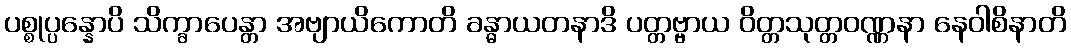
ပစ္စုပ္ပန္နောပိ သိက္ခာပေန္တာ အဗျာယိကောတိ ခန္ဓာယတနာဒိ ပတ္တဗ္ဗာယ ဝိတ္တသုတ္တဝဏ္ဏနာ နေဝါစိနာတိ